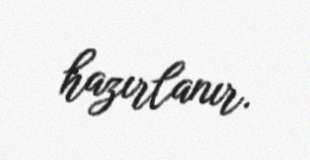
hazırlanır.